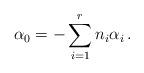
LaTeX: \begin{align*}\alpha_{0}=-\sum_{i=1}^{r}n_{i}\alpha_{i}\,.\end{align*}